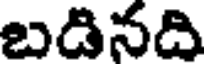
బడినది